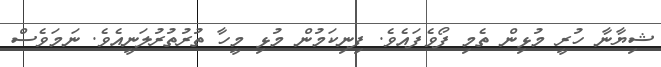
ޝިޔާނާ ހުރީ މުޅިން ތެމި ފޯވެފައެވެ. ފިނިކަމުން މުޅި މީހާ ތުރުތުރުލަނީއެވެ. ނަމަވެސް